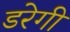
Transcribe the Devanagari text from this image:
डरेगी